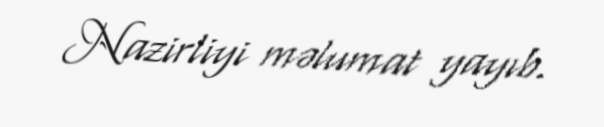
Nazirliyi məlumat yayıb.